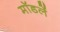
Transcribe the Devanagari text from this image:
मॉडलें